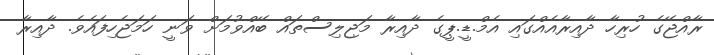
ރާއްޖޭގެ ހުރިހާ ދާއިރާއެއްގައި އެމް.ޑީ.ޕީގެ ދާއިރާ މަޖިލިސްތައް ބޭއްވުމަށް ވަނީ ހަމަޖެހިފައެވެ. ދާއިރާ